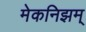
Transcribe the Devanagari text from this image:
मेकनिझम्